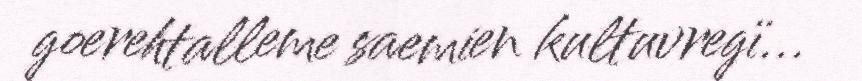
goerehtalleme saemien kultuvregï...